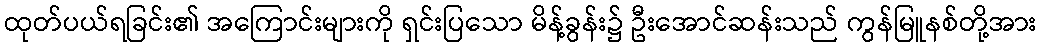
ထုတ်ပယ်ရခြင်း၏ အကြောင်းများကို ရှင်းပြသော မိန့်ခွန်း၌ ဦးအောင်ဆန်းသည် ကွန်မြူနစ်တို့အား